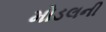
મોડલની